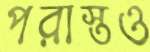
পরাস্তও